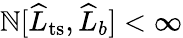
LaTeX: \mathbb{N}[\widehat{{L}}_{\mathrm{{ts}}},\widehat{{L}}_{b}]<\infty